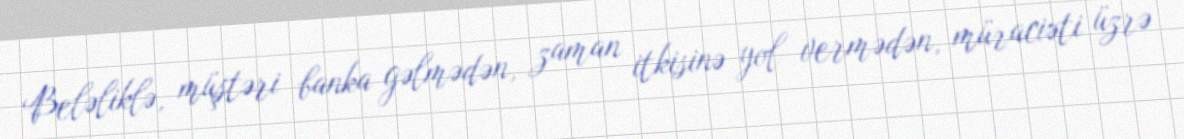
Beləliklə, müştəri banka gəlmədən, zaman itkisinə yol vermədən, müraciəti üzrə